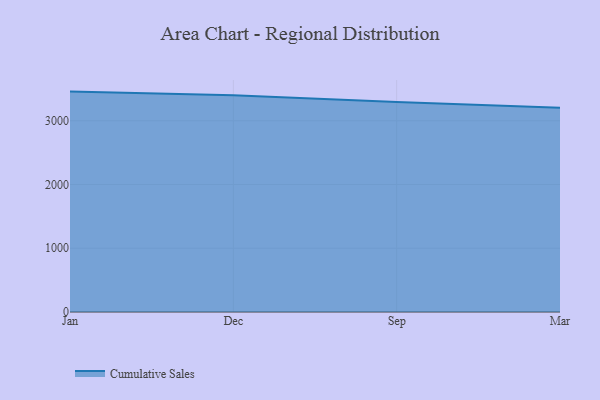
{"axis": {"x": "Month", "y": "Gross Profit (USD K)"}, "legend": ["Cumulative Sales"], "data": [{"x": "Jan", "y": 3456.8, "type": "Cumulative Sales"}, {"x": "Dec", "y": 3401.3, "type": "Cumulative Sales"}, {"x": "Sep", "y": 3292.0, "type": "Cumulative Sales"}, {"x": "Mar", "y": 3203.5, "type": "Cumulative Sales"}]}